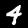
Digit: 4